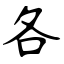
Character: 各